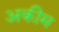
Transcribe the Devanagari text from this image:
अकीम